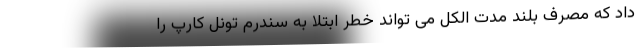
داد که مصرف بلند مدت الکل می تواند خطر ابتلا به سندرم تونل کارپ را